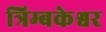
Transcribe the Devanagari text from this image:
त्रिम्बकेश्वर